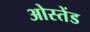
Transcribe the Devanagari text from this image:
ओस्तेंड